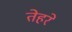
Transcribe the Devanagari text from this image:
तेहरे